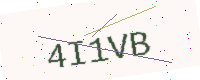
Text: 4I1VB